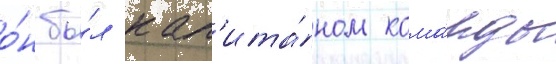
о́н бы́л кап'ита́ном кома́нды